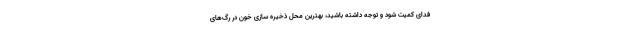
فدای کمیت شود و توجه داشته باشید، بهترین محل ذخیره سازی خون در رگ‌های